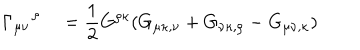
\Gamma _ { \mu \nu } ^ { \quad \rho \quad } = \frac { 1 } { 2 } G ^ { \rho \kappa } ( G _ { \mu \kappa , \nu } + G _ { \nu \kappa , \rho } - G _ { \mu \nu , \kappa } )